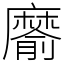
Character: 䵉